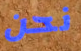
نحن